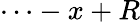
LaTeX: \cdots-x+R